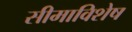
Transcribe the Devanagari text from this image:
सीमाविशेष